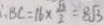
B C = 1 6 \times \frac { 3 } { 2 } = 8 \sqrt { 3 }